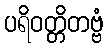
ပရိဝတ္တိတဗ္ဗံ